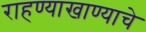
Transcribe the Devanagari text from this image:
राहण्याखाण्याचे